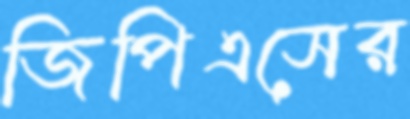
জিপিএসের